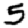
Digit: 5